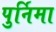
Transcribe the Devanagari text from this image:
पुर्निमा